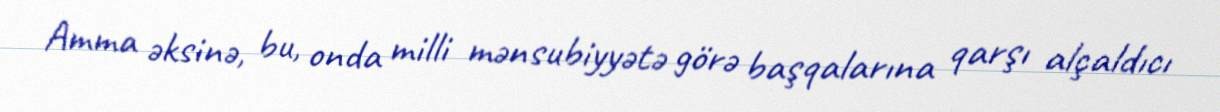
Amma əksinə, bu, onda milli mənsubiyyətə görə başqalarına qarşı alçaldıcı